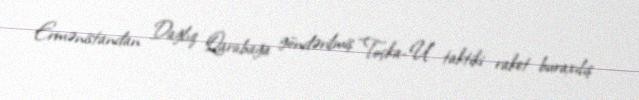
Ermənistandan Dağlıq Qarabağa göndərilmiş “Toçka-U” taktiki raket buraxılış